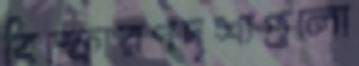
বিস্ফোরণদৃশ্যগুলো